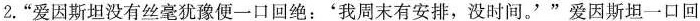
2.”爱因斯坦没有丝毫犹豫便一口回绝：'我周末有安排，没时间。'”爱因斯坦一口回